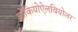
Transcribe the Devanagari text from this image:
ब्रोंकियोऐलवियोलर